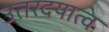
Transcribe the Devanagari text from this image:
उत्तरदयात्व